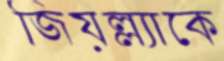
জিয়ল্ল্যাকে